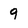
Character: 9